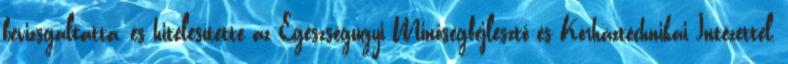
bevizsgáltatta, és hitelesítette az Egészségügyi Minőségfejlesztő és Kórháztechnikai Intézettel,